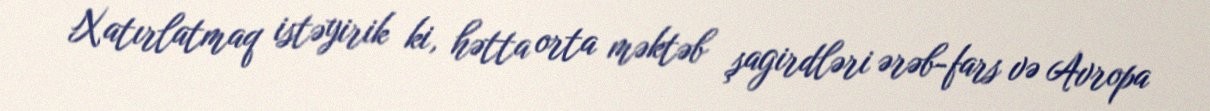
Xatırlatmaq istəyirik ki, hətta orta məktəb şagirdləri ərəb-fars və Avropa